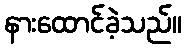
နားထောင်ခဲ့သည်။